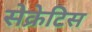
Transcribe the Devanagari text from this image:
सेक्रेटिस